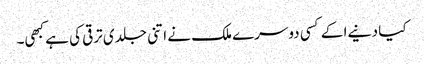
کیا دنیےا کے کسی دوسرے ملک نے اتنی جلدی ترقی کی ہے کبھی۔